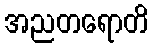
အညတရောတိ